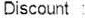
DISCOUNT :